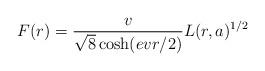
LaTeX: \begin{align*}F(r)=\frac{v}{\sqrt 8 \cosh (evr/2)} L(r,a)^{1/2}\end{align*}